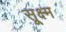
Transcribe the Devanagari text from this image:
सू्क्ष्म